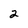
Character: 2